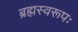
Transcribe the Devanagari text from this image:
ब्रह्मस्वरूपः